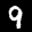
Label: 9